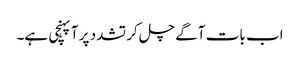
اب بات آگے چل کر تشدد پر آپہنچی ہے۔